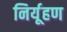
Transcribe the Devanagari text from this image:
निर्यूहण